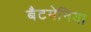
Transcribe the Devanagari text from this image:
बैटमेनिया